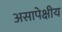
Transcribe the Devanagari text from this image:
असापेक्षीय